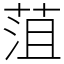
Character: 菹